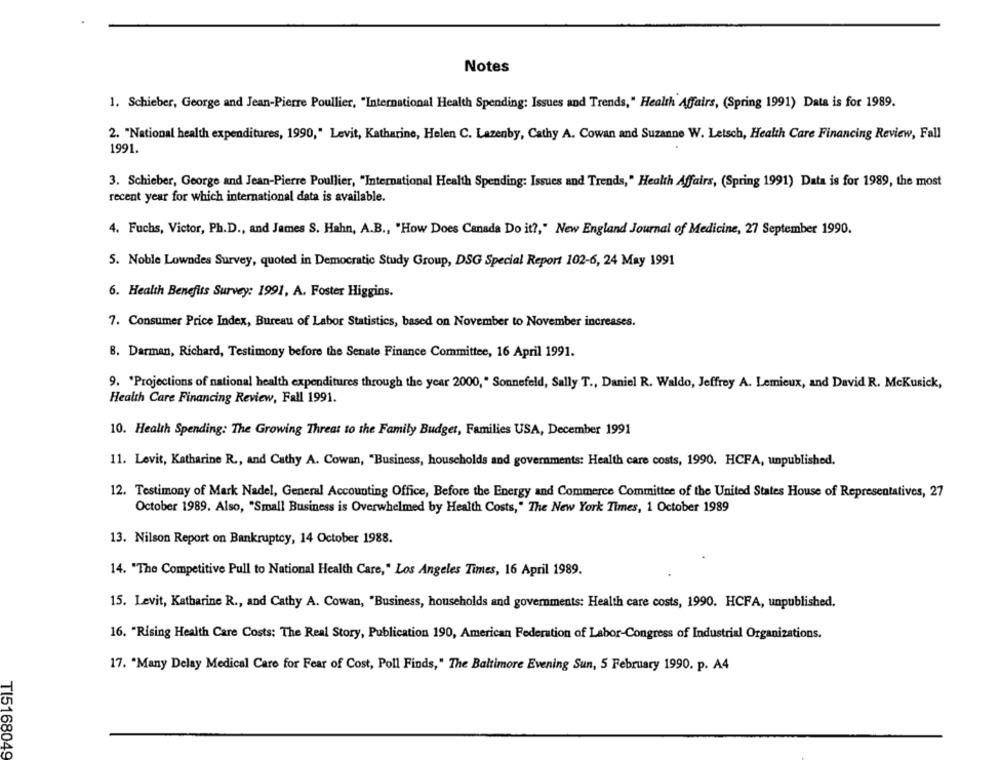
Notes
1. Schieber, George and Jean-Pierre Poullier, "International Health Spending: Issues and Trends," Health Affairs, (Spring 1991) Data is for 1989.
2. "National health expenditures, 1990," Levit, Katharine, Helen C. Lazenby, Cathy A. Cowan and Suzanne W. Letsch, Health Care Financing Review, Fall
1991.
3. Schieber, George and Jean-Pierre Poullier, "International Health Spending: Issues and Trends," Health Affairs, (Spring 1991) Data is for 1989, the most
recent year for which international data is available.
4. Fuchs, Victor, Ph.D ., and James S. Hahn, A.B ., "How Does Canada Do it ?, " New England Journal of Medicine, 27 September 1990.
5. Noble Lowndes Survey, quoted in Democratic Study Group, DSG Special Report 102-6, 24 May 1991
6. Health Benefits Survey: 1991, A. Foster Higgins.
7. Consumer Price Index, Bureau of Labor Statistics, based on November to November increases.
8. Darman, Richard, Testimony before the Senate Finance Committee, 16 April 1991.
9. "Projections of national health expenditures through the year 2000, " Sonnefeld, Sally T ., Daniel R. Waldo, Jeffrey A. Lemieux, and David R. McKusick,
Health Care Financing Review, Fall 1991.
10. Health Spending: The Growing Threat to the Family Budget, Families USA, December 1991
11. Levit, Katharine R ., and Cathy A. Cowan, "Business, households and governments: Health care costs, 1990. HCFA, unpublished.
12. Testimony of Mark Nadel, General Accounting Office, Before the Energy and Commerce Committee of the United States House of Representatives, 27
October 1989. Also, "Small Business is Overwhelmed by Health Costs," The New York Times, 1 October 1989
13. Nilson Report on Bankruptcy, 14 October 1988.
14. "The Competitive Pull to National Health Care," Los Angeles Times, 16 April 1989.
15. Levit, Katharine R ., and Cathy A. Cowan, "Business, households and governments: Health care costs, 1990. HCFA, unpublished.
16. "Rising Health Care Costs: The Real Story, Publication 190, American Federation of Labor-Congress of Industrial Organizations.
17. "Many Delay Medical Care for Fear of Cost, Poll Finds," The Baltimore Evening Sun, 5 February 1990. p. A4
TI5168049